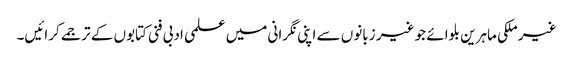
غیر ملکی ماہرین بلوائے جو غیر زبانوں سے اپنی نگرانی میں علمی ادبی فنی کتابوں کے ترجمے کرائیں۔